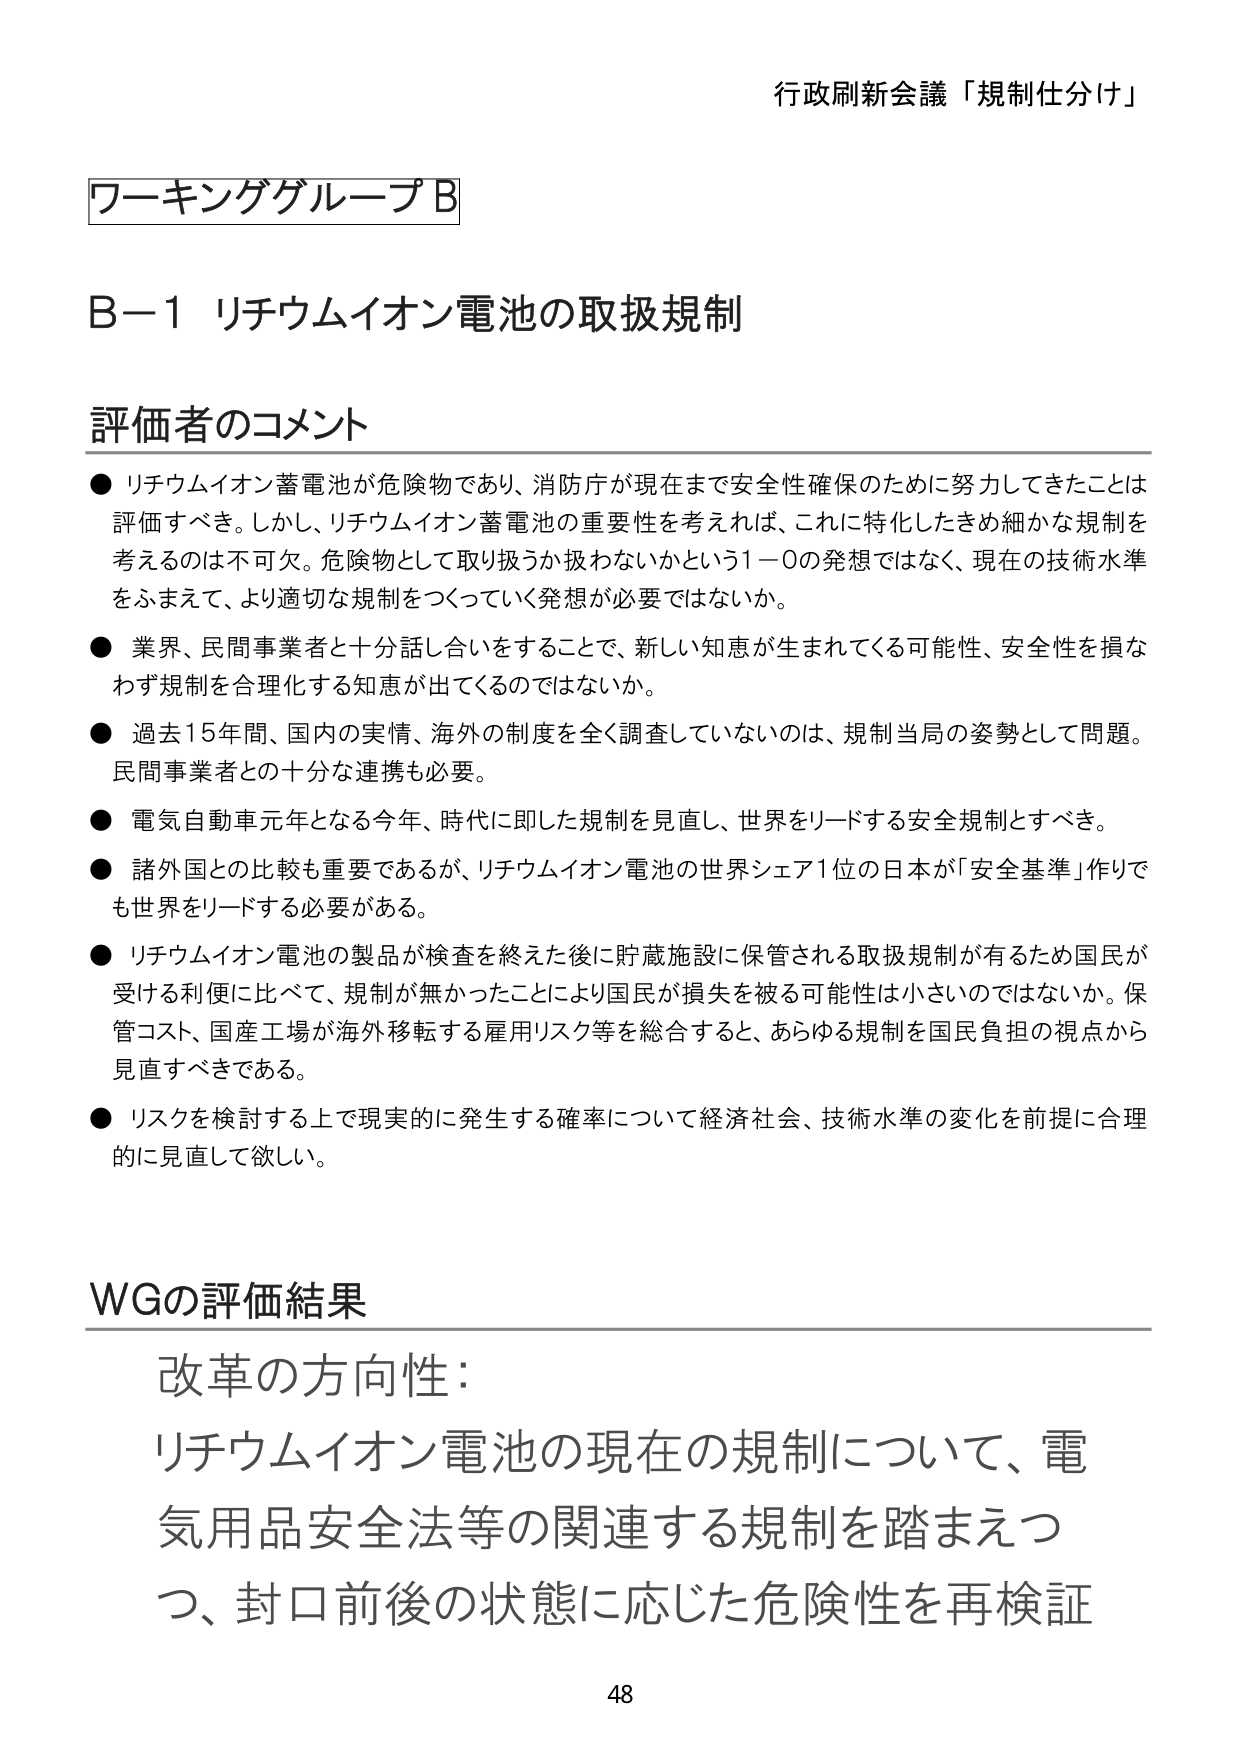
行政刷新会議「規制仕分け」

ワーキンググループB

B－1 リチウムイオン電池の取扱規制

評価者のコメント

● リチウムイオン蓄電池が危険物であり、消防庁が現在まで安全性確保のために努力してきたことは評価すべき。しかし、リチウムイオン蓄電池の重要性を考えれば、これに特化したきめ細かな規制を考えるのは不可欠。危険物として取り扱うか扱わないかという1－0の発想ではなく、現在の技術水準をふまえて、より適切な規制をつくっていく発想が必要ではないか。

● 業界、民間事業者と十分話し合いをすることで、新しい知恵が生まれてくる可能性、安全性を損なわず規制を合理化する知恵が出てくるのではないか。

● 過去15年間、国内の実情、海外の制度を全く調査していないのは、規制当局の姿勢として問題。民間事業者との十分な連携も必要。

● 電気自動車元年となる今年、時代に即した規制を見直し、世界をリードする安全規制とすべき。

● 諸外国との比較も重要であるが、リチウムイオン電池の世界シェア1位の日本が「安全基準」作りでも世界をリードする必要がある。

● リチウムイオン電池の製品が検査を終えた後に貯蔵施設に保管される取扱規制が有るため国民が受ける利便に比べて、規制が無かったことにより国民が損失を被る可能性は小さいのではないか。保管コスト、国産工場が海外移転する雇用リスク等を総合すると、あらゆる規制を国民負担の視点から見直すべきである。

● リスクを検討する上で現実的に発生する確率について経済社会、技術水準の変化を前提に合理的に見直して欲しい。

WGの評価結果

改革の方向性：
リチウムイオン電池の現在の規制について、電気用品安全法等の関連する規制を踏まえつつ、封口前後の状態に応じた危険性を再検証

48